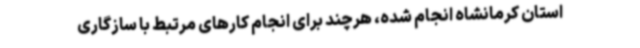
استان کرمانشاه انجام شده، هرچند برای انجام کارهای مرتبط با سازگاری